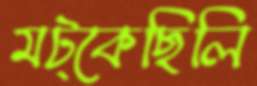
মট্‌কেছিলি